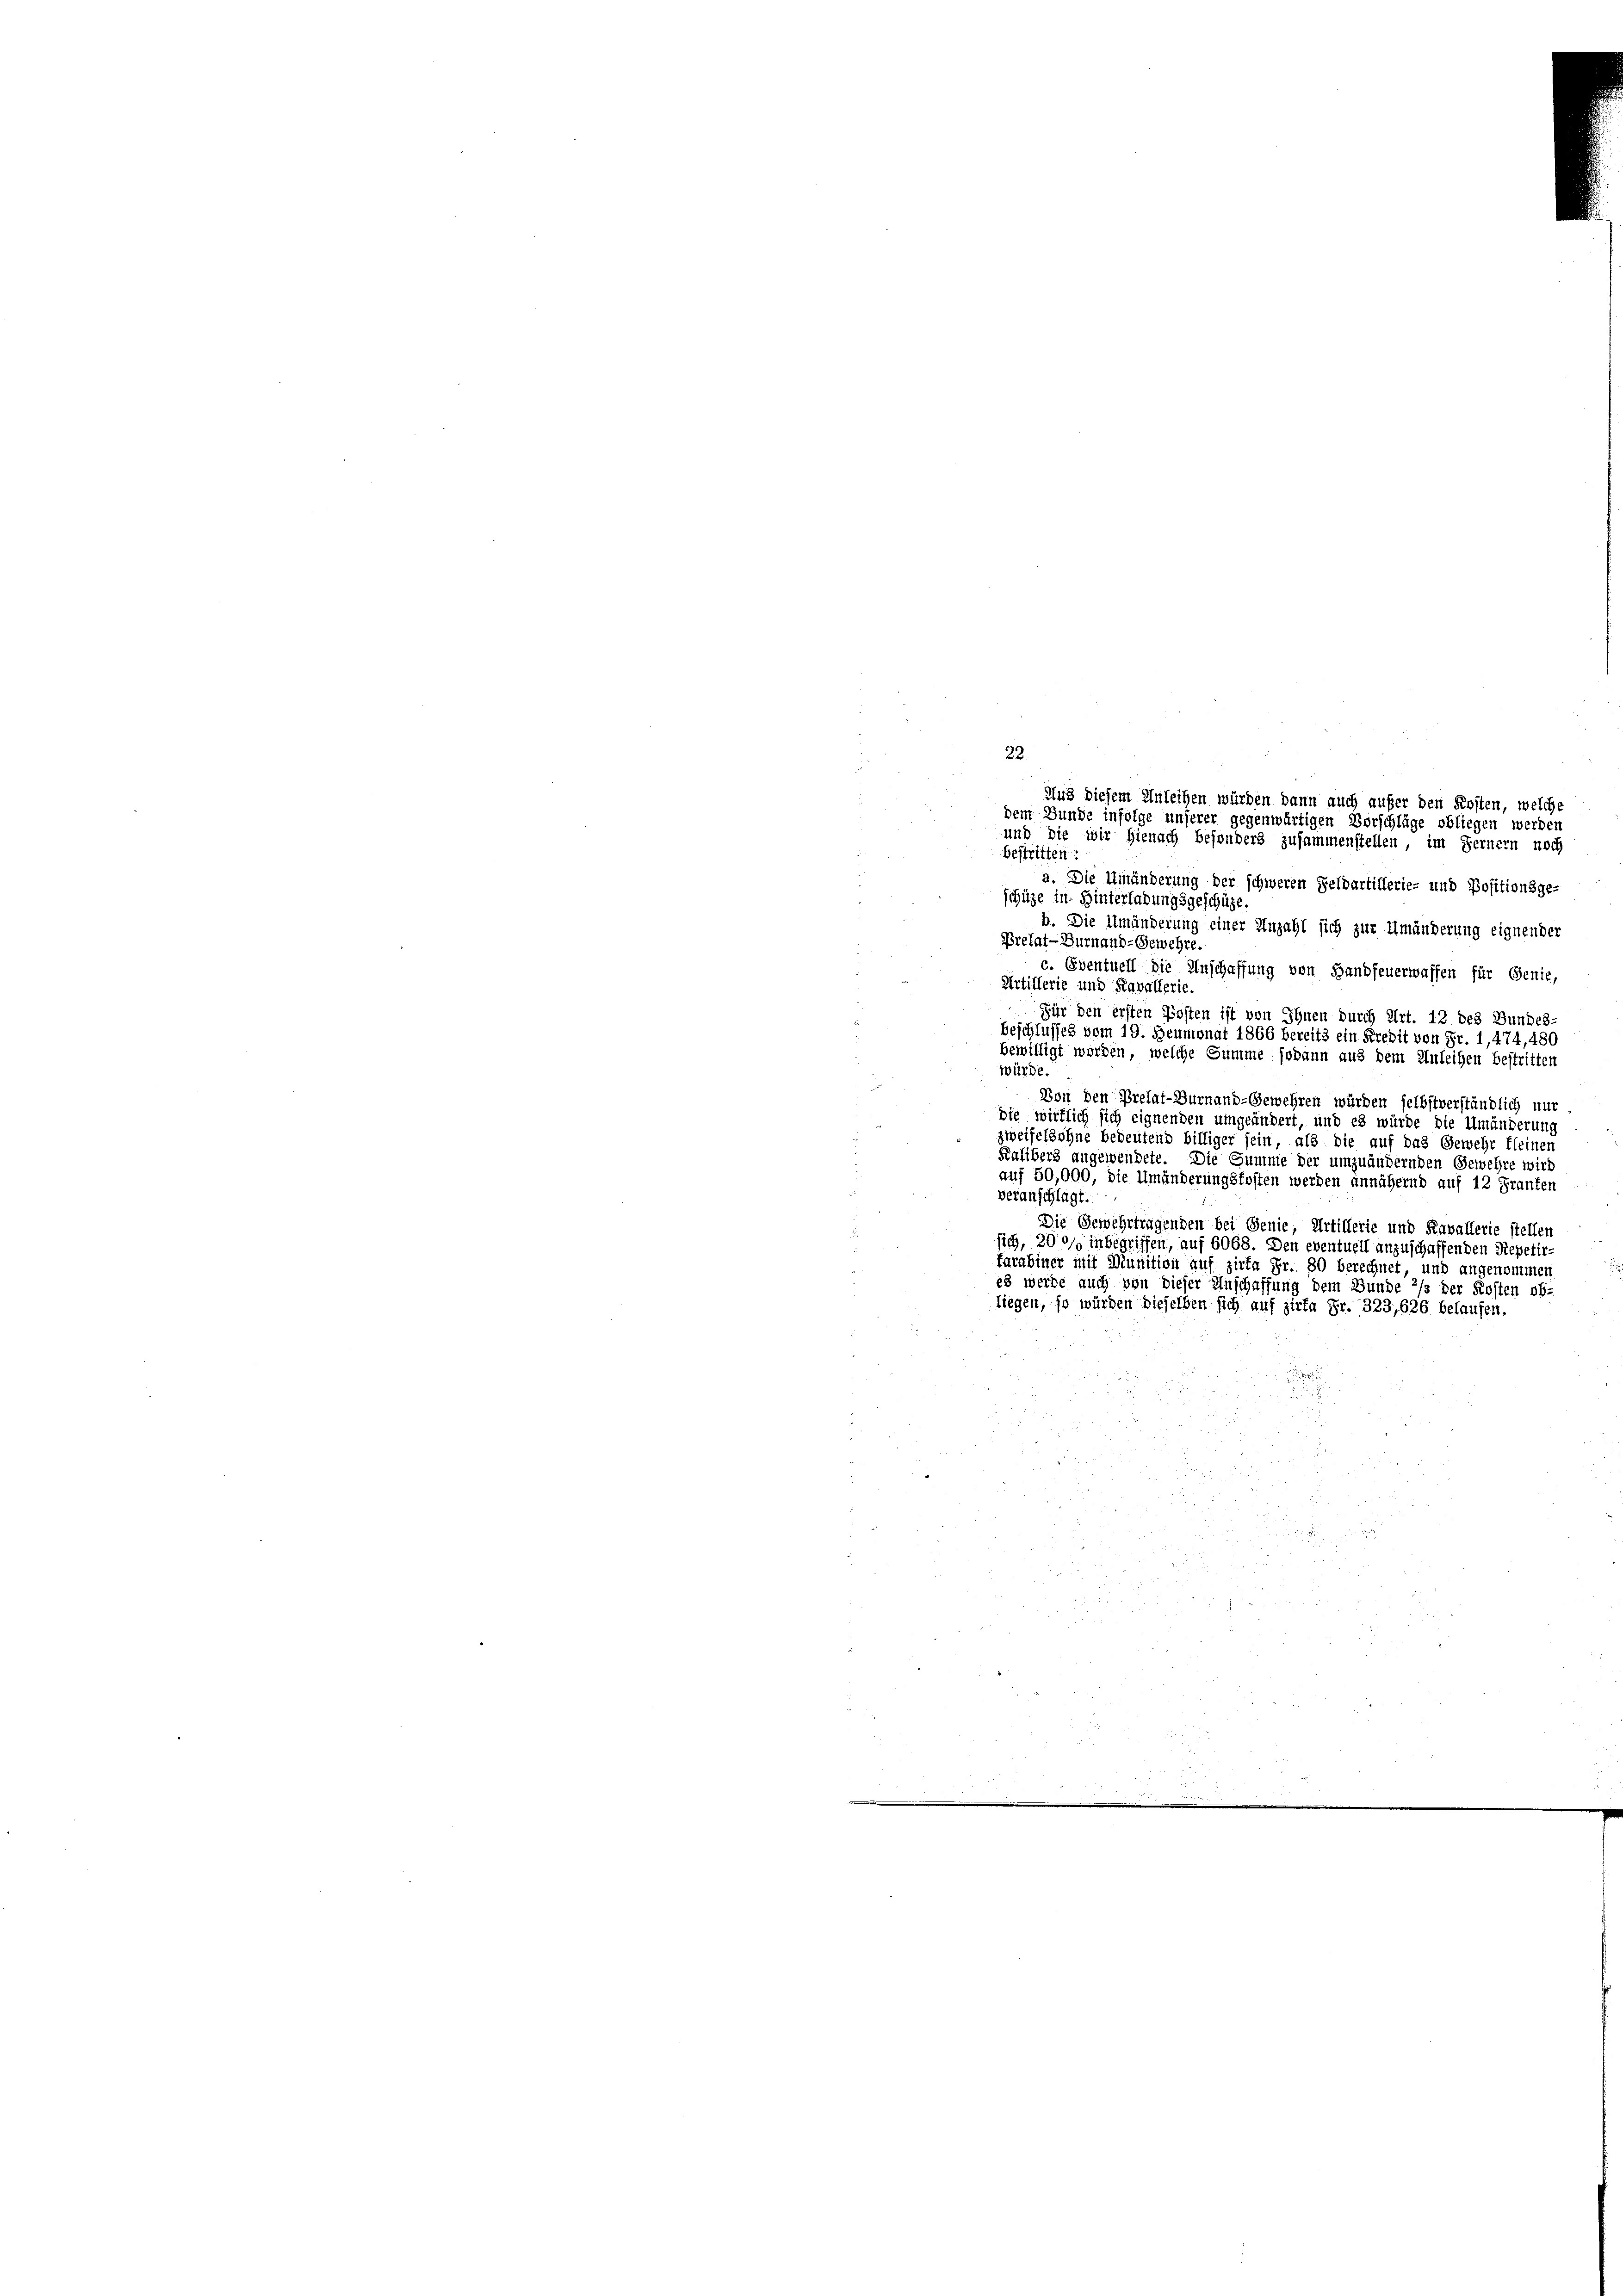
und die wir hienach besonders zusammenstellen, im Fernern noch
bestritten:
a. Die Umänderung der schweren Feldartillerie- und Positionsge-
schütze in Hinterlaßungsgeschüze
b. Die Umänderung einer Anzahl sich zur Umänderung eignender
Prélat-Turnaud-Gewehre.
c. Eventuell die Anschaffung von Handfeuerwaffen für Genie,
Artillerie und Kavallerie.
Für den ersten Posten ist von Ihnen durch Art. 12 des Bundes
beschlusses vom 19. Heumonat 1866 bereits ein Kredit von Fr. 1,474, 480
bewilligt worden, welche Summe sodann aus dem Anleihen bestritten
würde.
Von den Prelat-Durnand-Gewehren würden selbstverständlich nur
Sie wirklich sich eignenden umgeändert, und es würde die Umänderung
zweifelsohne bedeutend billiger sein, als die auf das Gewehr fleinen
Kalibers angewendete. Die Gumme der umzuändernden Gewehre wird
auf 50,000, die Umänderungskosten werden annähernd auf 12 Franten
veranschlägt.
Die Gewehrtragenden bei Genie, Artillerie und Kavallerie stellen
sich, 200 inbegriffen, auf 6068. Den eventuell anzuschaffenden Repetir-
farabiner mit Munition auf zirka Fr. 80 berechnet, und angenommen
es werde auch von dieser Anschaffung dem Bunde 2/3 der Kosten ob-
liegen, so würden dieselben sich auf zirte Fr. 323, 626 belaufen.
Kägi
e
2

22.
Aus diesem Anleihen würden dann auch aufer den Kosten, welche
dem Bunde infolge unserer gegenwärtigen Vorschläge obliegen werden